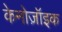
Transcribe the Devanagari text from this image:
केनोज़ॉइक